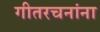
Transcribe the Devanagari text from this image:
गीतरचनांना